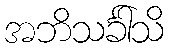
အဘိသင်္ခါသိ